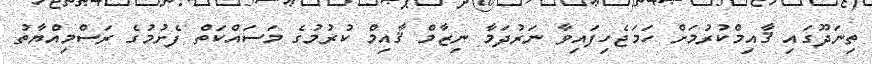
ތިނަދޫގައި ޤާއިމްކުރުމަށް ހަމަޖެހިފައިވާ ނަރުދަމާ ނިޒާމް ޤާއިމް ކުރުމުގެ މަސައްކަތް ފެށުމުގެ ރަސްމިއްޔާތު